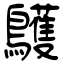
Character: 鸌